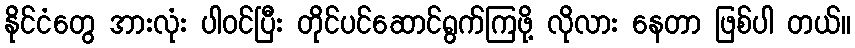
နိုင်ငံတွေ အားလုံး ပါဝင်ပြီး တိုင်ပင်ဆောင်ရွက်ကြဖို့ လိုလား နေတာ ဖြစ်ပါ တယ်။